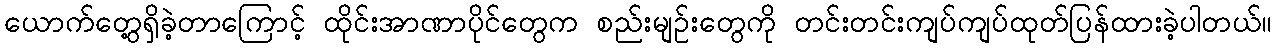
ယောက်တွေ့ရှိခဲ့တာကြောင့် ထိုင်းအာဏာပိုင်တွေက စည်းမျဉ်းတွေကို တင်းတင်းကျပ်ကျပ်ထုတ်ပြန်ထားခဲ့ပါတယ်။